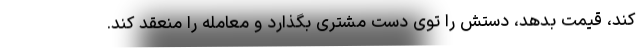
کند، قیمت بدهد، دستش را توی دست مشتری بگذارد و معامله را منعقد کند.